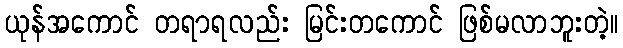
ယုန်အကောင် တရာရလည်း မြင်းတကောင် ဖြစ်မလာဘူးတဲ့။